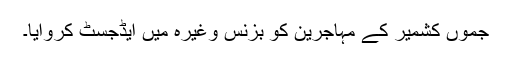
جموں کشمیر کے مہاجرین کو بزنس وغیرہ میں ایڈجسٹ کروایا۔